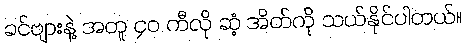
ခင်ဗျားနဲ့ အတူ ၄၀ ကီလို ဆံ့ အိတ်ကို သယ်နိုင်ပါတယ်။